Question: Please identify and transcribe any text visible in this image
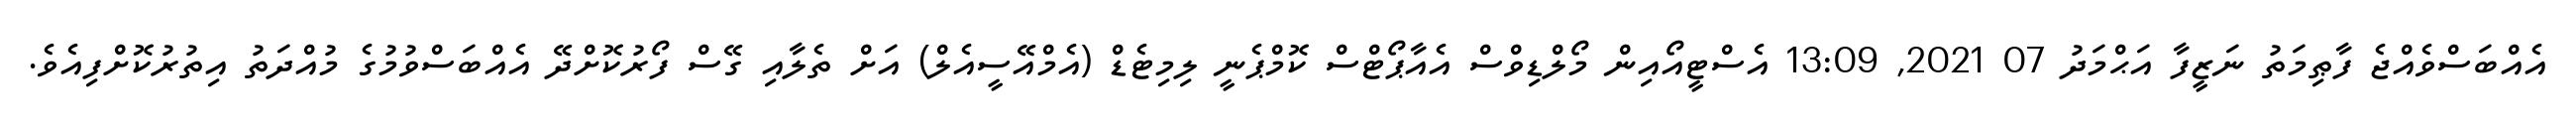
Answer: އެއްބަސްވެއްޖެ ފާޠިމަތު ނަޒީފާ އަޙްމަދު 07 2021, 13:09 އެސްޓީއޯއިން މޯލްޑިވްސް އެއާޕޯޓްސް ކޮމްޕެނީ ލިމިޓެޑް (އެމްއޭސީއެލް) އަށް ތެލާއި ގޭސް ފޯރުކޮށްދޭ އެއްބަސްވުމުގެ މުއްދަތު އިތުރުކޮށްފިއެވެ.